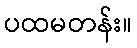
ပထမတန်း။